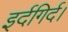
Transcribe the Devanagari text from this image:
इर्दगिर्द।